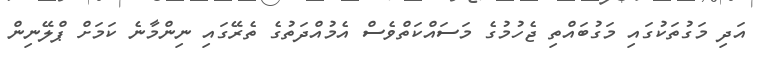
އަދި މަގުތަކުގައި މަގުބައްތި ޖެހުމުގެ މަސައްކަތްވެސް އެމުއްދަތުގެ ތެރޭގައި ނިންމާނެ ކަމަށް ޕްލޭނިން